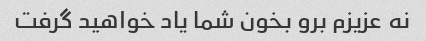
نه عزیزم برو بخون شما یاد خواهید گرفت